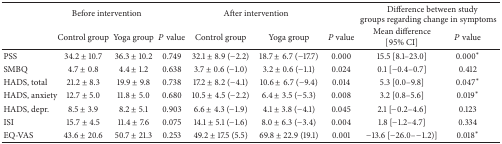
<table><thead><tr><td><b> </b></td><td colspan="2"><b>Before intervention</b></td><td><b> </b></td><td colspan="2"><b>After intervention</b></td><td><b> </b></td><td colspan="2"><b>Difference between study groups regarding change in symptoms</b></td></tr><tr><td><b> </b></td><td><b>Control group</b></td><td><b>Yoga group</b></td><td><b><i>P</i> value</b></td><td><b>Control group</b></td><td><b>Yoga group</b></td><td><b><i>P</i> value</b></td><td><b>Mean difference [95% CI]</b></td><td><b><i>P</i> value</b></td></tr></thead><tbody><tr><td>PSS</td><td>34.2 ± 10.7</td><td>36.3 ± 10.2</td><td>0.749</td><td>32.1 ± 8.9 (−2.2)</td><td>18.7 ± 6.7 (−17.7)</td><td>0.000</td><td>15.5 [8.1–23.0]</td><td>0.000*</td></tr><tr><td>SMBQ</td><td>4.7 ± 0.8</td><td>4.4 ± 1.2</td><td>0.638</td><td>3.7 ± 0.6 (−1.0)</td><td>3.2 ± 0.6 (−1.1)</td><td>0.024</td><td>0.1 [−0.4–0.7]</td><td>0.412</td></tr><tr><td>HADS, total </td><td>21.2 ± 8.3</td><td>19.9 ± 9.8</td><td>0.738</td><td>17.2 ± 8.2 (−4.1)</td><td>10.6 ± 6.7 (−9.4)</td><td>0.014</td><td>5.3 [0.0–9.8]</td><td>0.047*</td></tr><tr><td>HADS, anxiety </td><td>12.7 ± 5.0</td><td>11.8 ± 5.0</td><td>0.680</td><td>10.5 ± 4.5 (−2.2)</td><td>6.4 ± 3.5 (−5.3)</td><td>0.008</td><td>3.2 [0.8–5.6]</td><td>0.019*</td></tr><tr><td>HADS, depr.</td><td>8.5 ± 3.9</td><td>8.2 ± 5.1</td><td>0.903</td><td>6.6 ± 4.3 (−1.9)</td><td>4.1 ± 3.8 (−4.1)</td><td>0.045</td><td>2.1 [−0.2–4.6]</td><td>0.123</td></tr><tr><td>ISI</td><td>15.7 ± 4.5</td><td>11.4 ± 7.6</td><td>0.075</td><td>14.1 ± 5.1 (−1.6)</td><td>8.0 ± 6.3 (−3.4)</td><td>0.004</td><td>1.8 [−1.2–4.7]</td><td>0.334</td></tr><tr><td>EQ-VAS</td><td>43.6 ± 20.6</td><td>50.7 ± 21.3</td><td>0.253</td><td>49.2 ± 17.5 (5.5)</td><td>69.8 ± 22.9 (19.1)</td><td>0.001</td><td>−13.6 [−26.0– −1.2)]</td><td>0.018*</td></tr></tbody></table>